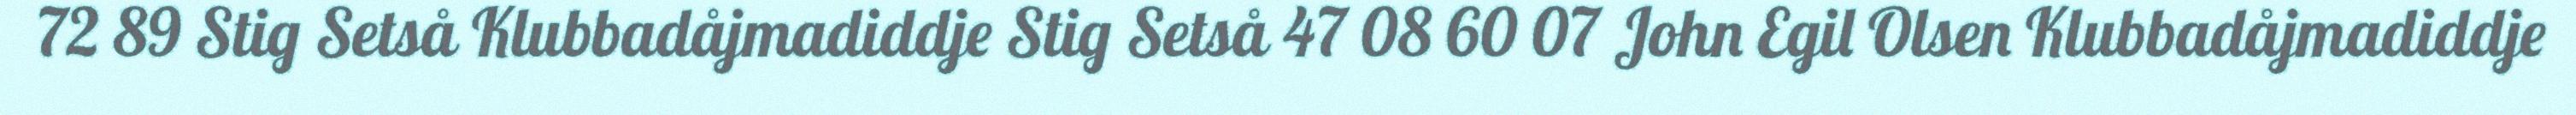
72 89 Stig Setså Klubbadåjmadiddje Stig Setså 47 08 60 07 John Egil Olsen Klubbadåjmadiddje